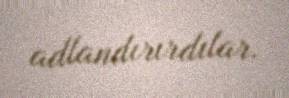
adlandırırdılar.